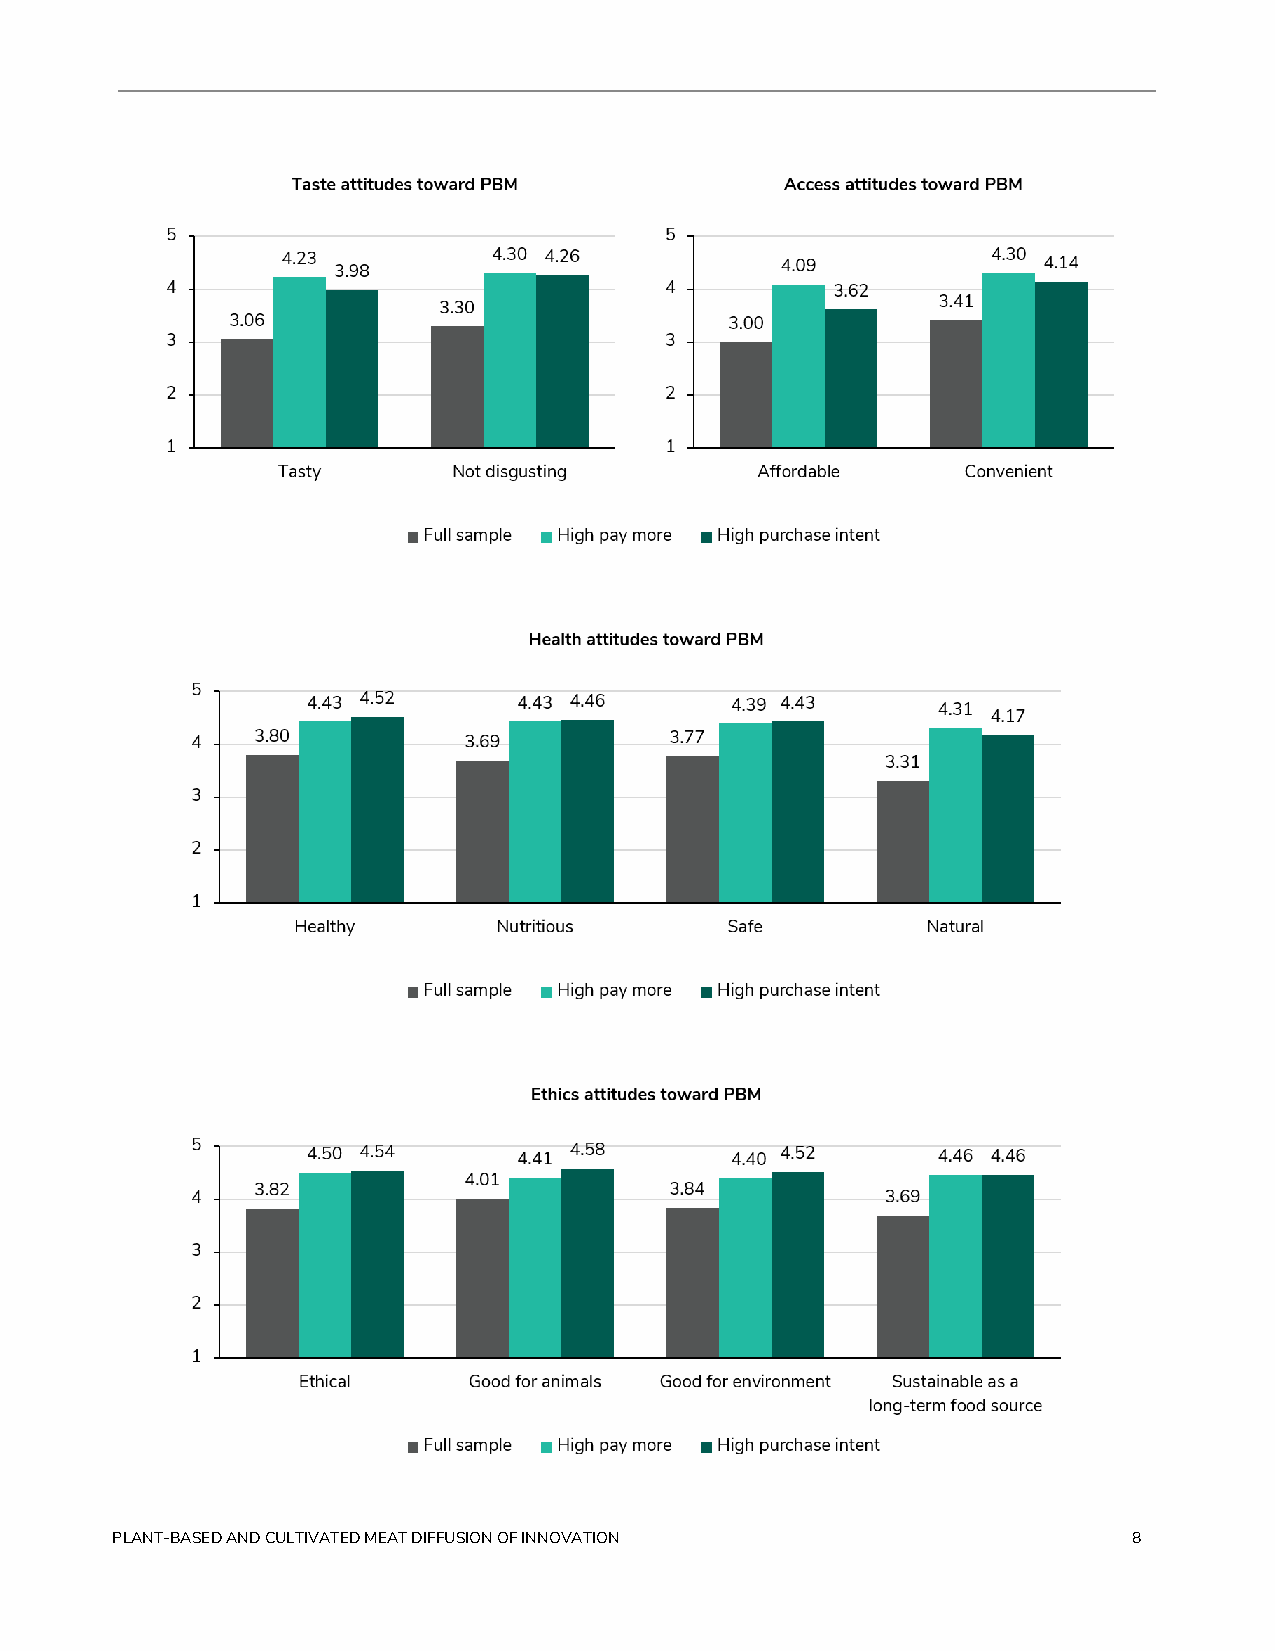
PLANT-BASED AND CULTIVATED MEAT DIFFUSION OF INNOVATION             8